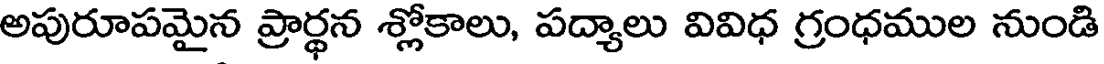
అపురూపమైన ప్రార్థన శ్లోకాలు, పద్యాలు వివిధ గ్రంధముల నుండి